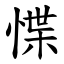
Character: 惵